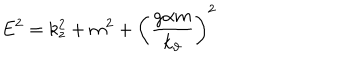
LaTeX: E ^ { 2 } = k _ { z } ^ { 2 } + m ^ { 2 } + \left( \frac { g \alpha m } { k _ { \vartheta } } \right) ^ { 2 }